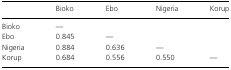
|  | Bioko | Ebo | Nigeria | Korup |
 | --- | --- | --- | --- | --- |
 | Bioko | — |  |  |  |
 | Ebo | 0.845 | — |  |  |
 | Nigeria | 0.884 | 0.636 | — |  |
 | Korup | 0.684 | 0.556 | 0.550 | — |